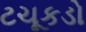
ટચૂકડો